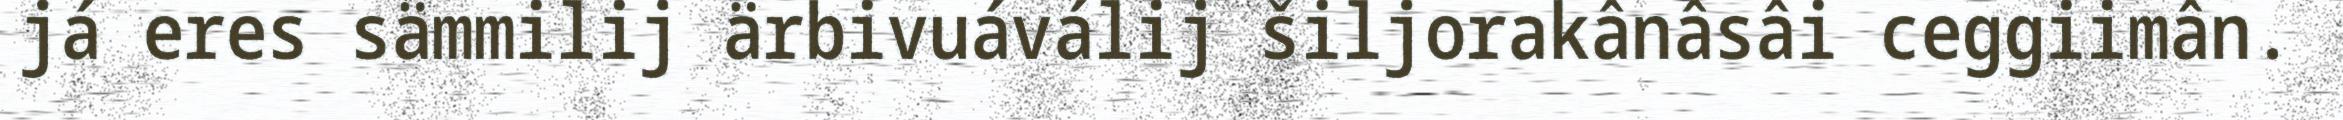
já eres sämmilij ärbivuáválij šiljorakânâsâi ceggiimân.